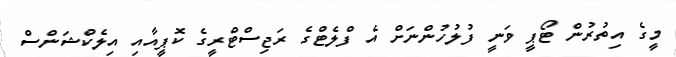
މީގެ އިތުރުން ޓޯޕީ ވަނީ ފުލުހުންނަށް އެ ފްލެޓްގެ ރަޖިސްޓްރީގެ ކޮޕީއާއި އިލެކްޝަންސް